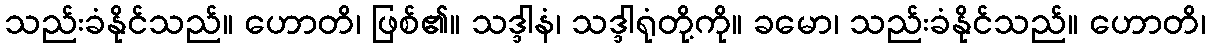
သည်းခံနိုင်သည်။ ဟောတိ၊ ဖြစ်၏။ သဒ္ဒါနံ၊ သဒ္ဒါရုံတို့ကို။ ခမော၊ သည်းခံနိုင်သည်။ ဟောတိ၊